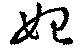
始